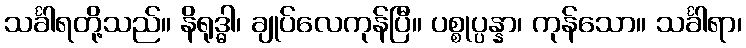
သင်္ခါရတို့သည်။ နိရုဒ္ဓါ၊ ချုပ်လေကုန်ပြီ။ ပစ္စုပ္ပန္နာ၊ ကုန်သော။ သင်္ခါရာ၊